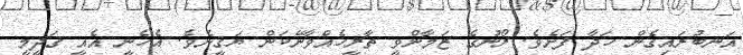
އަނބުރައިގެން ހަދާ ފަށެވެ. ރޯނުގެ ޒަމާންވީ ތާރީޚެއްވާނޭކަން ޔަޤީނެވެ. އެހެނީ އެއީ ޤަދީމީ